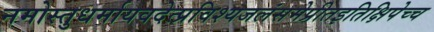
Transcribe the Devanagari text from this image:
नमोस्तुधर्मायवदेत्प्रविश्यजलंसमेप्रीतइतिक्षिपेच्च